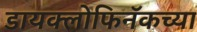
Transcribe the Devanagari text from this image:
डायक्लोफिनॅकच्या